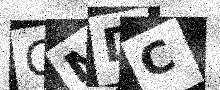
Text: CMDC